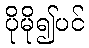
ပိုမို၍ပင်